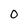
Character: 0